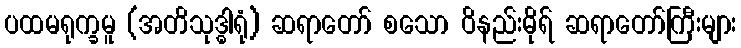
ပထမရုက္ခမူ (အတိသုဒ္ဓါရုံ) ဆရာတော် စသော ဝိနည်းဓိုရ် ဆရာတော်ကြီးများ